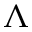
\Lambda